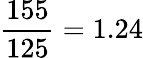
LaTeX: \frac{155}{125}=1.24